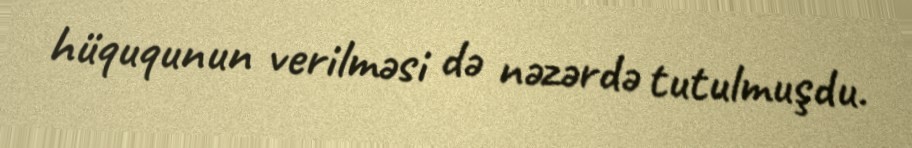
hüququnun verilməsi də nəzərdə tutulmuşdu.